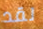
لقد